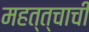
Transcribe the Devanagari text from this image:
महत्त्चाची